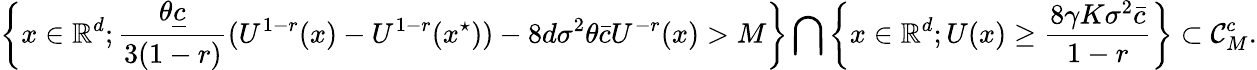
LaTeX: \left\{ x\in\mathbb{R}^{d};\frac{\theta\underline{{c}}}{3(1-r)}(U^{1-r}(x)-U^{1-r}(x^{\star}))-8d\sigma^{2}\theta\bar{c}U^{-r}(x)>M\right\} \bigcap\left\{ x\in\mathbb{R}^{d};U(x)\ge\frac{8\gamma K\sigma^{2}\bar{c}}{1-r}\right\} \subset{\cal C}_{M}^{c}.